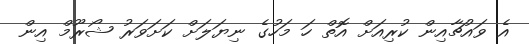
އެ ވައުޗާއިން ކުރިއަށް އޮތް ހަ މަހުގެ ނިޔަލަށް ކަށަވަރު ޝޯރޫމް އިން